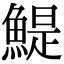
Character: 鯷